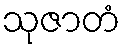
သုဇာတံ